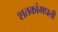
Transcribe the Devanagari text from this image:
शतकांमधली